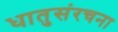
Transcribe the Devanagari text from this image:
धातुसंरचना